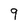
Character: 9